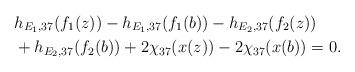
LaTeX: \begin{align*}&h_{E_1 ,37}(f_1 (z))-h_{E_1 ,37}(f_1 (b))-h_{E_2 ,37}(f_2 (z))\\& +h_{E_2 ,37}(f_2 (b))+2\chi _{37}(x(z))-2\chi _{37}(x(b))=0.\end{align*}